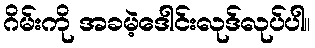
ဂိမ်းကို အခမဲ့ဒေါင်းလုဒ်လုပ်ပါ။